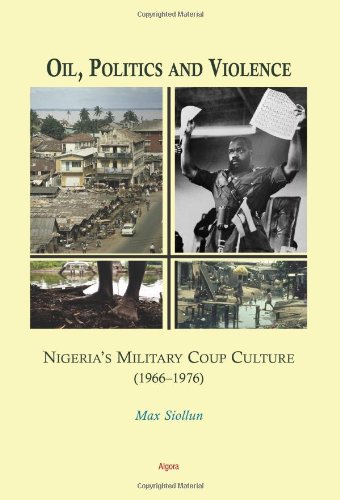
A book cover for Oil, Politics and Violence: Nigeria's Military Coup Culture 1966-1976; Max Siollun; History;